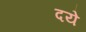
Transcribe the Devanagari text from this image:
दये